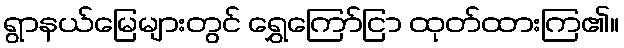
ရွာနယ်မြေများတွင် ရွှေကြော်ငြာ ထုတ်ထားကြ၏။